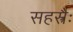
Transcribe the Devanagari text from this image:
सहस्त्रैः